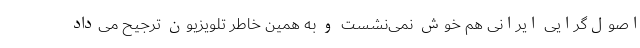
اصول‌گرایی ایرانی هم خوش نمی‌نشست و به همین خاطر تلویزیون ترجیح می‌داد